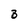
Character: B